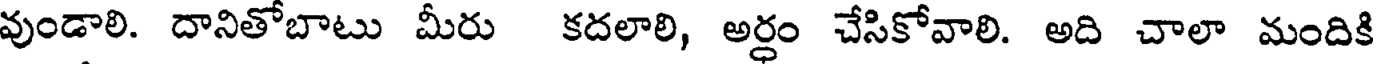
వుండాలి. దానితోబాటు మీరు కదలాలి, అర్ధం చేసికోవాలి. అది చాలా మందికి